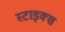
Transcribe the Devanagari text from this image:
स्टाइक्स